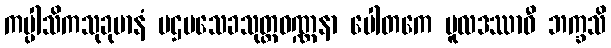
ကပ္ပါသိကသုခုမာနံ ပဌမသေခသုတ္တဝဏ္ဏနာ ပေါတကေ မူလဒဿာဝီ ဘက္ခသိ